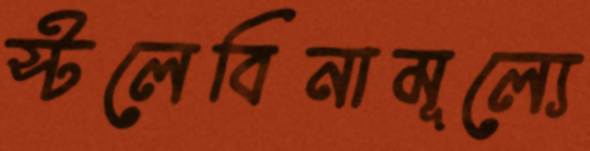
স্টলেবিনামূল্যে